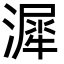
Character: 漽